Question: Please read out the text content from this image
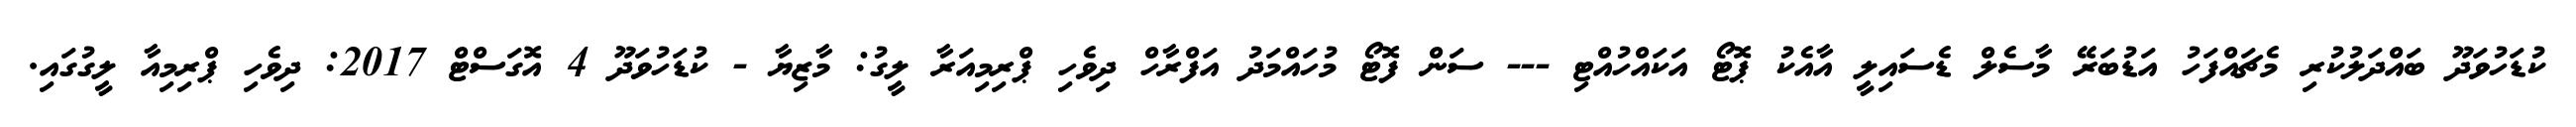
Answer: ކުޑަހުވަދޫ ބައްދަލުކުރި މެޗައްފަހު އަޑުބަރޭ މާސެލް ޑެސައިލީ އާއެކު ޕޮޓޯ އަކައްހުއްޓި --- ސަން ފޮޓޯ މުހައްމަދު އަފްރާހް ދިވެހި ޕްރިމިއަރާ ލީގު: މާޒިޔާ - ކުޑަހުވަދޫ 4 އޮގަސްޓް 2017: ދިވެހި ޕްރިމިއާ ލީގުގައި.